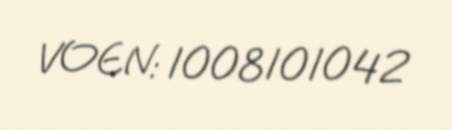
VOEN: 1008101042